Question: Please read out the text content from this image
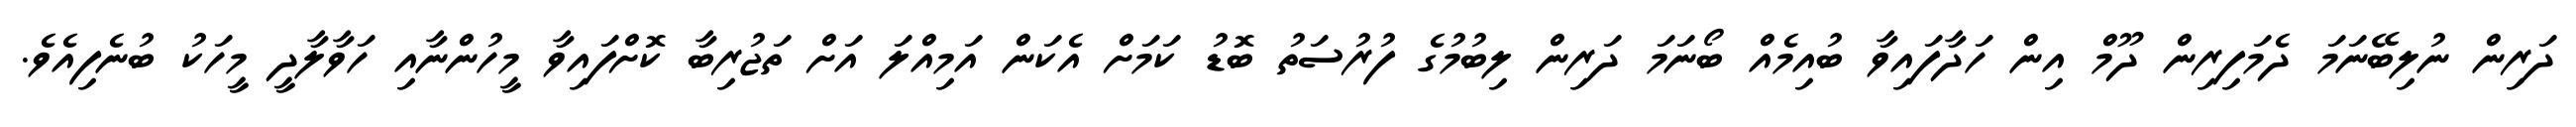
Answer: ދަރިން ނުލިބޭނަމަ ދެމަފިރިން ދޫމް އިން ހަދާފައިވާ ބުއިމެއް ބޯނަމަ ދަރިން ލިބުމުގެ ފުރުސަތު ބޮޑު ކަމަށް އެކަން އަމިއްލަ އަށް ތަޖުރިބާ ކޮށްފައިވާ މީހުންނާއި ހަވާލާދީ މީހަކު ބުނެފިއެވެ.